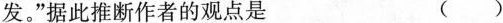
发。”据此推断作者的观点是 ()